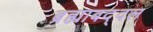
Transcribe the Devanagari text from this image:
ब्रह्माबद्दल